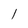
Character: l